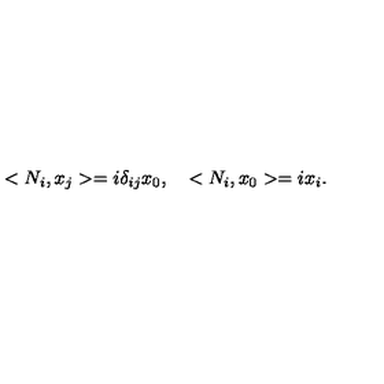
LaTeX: < N _ { i } , x _ { j } > = i \delta _ { i j } x _ { 0 } , \quad < N _ { i } , x _ { 0 } > = i x _ { i } .